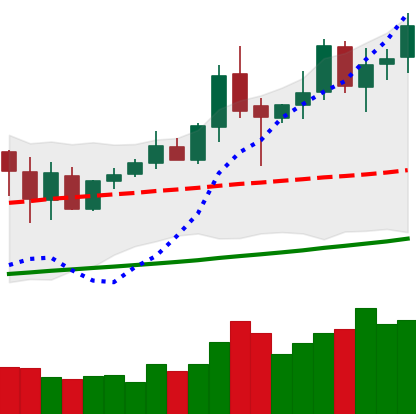
Ticker: XMR-USD
Chart end date: 2020-10-09
Forward return: 10.917%
Label: up_7plus